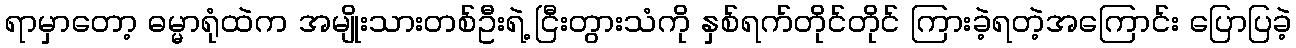
ရာမှာတော့ ဓမ္မာရုံထဲက အမျိုးသားတစ်ဦးရဲ့ ငြီးတွားသံကို နှစ်ရက်တိုင်တိုင် ကြားခဲ့ရတဲ့အကြောင်း ပြောပြခဲ့